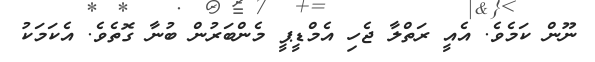
ނޫން ކަމެވެ. އެއީ ރަތްލާ ޖެހި އެމްޑީޕީ މެންބަރުން ބުނާ ގޮތެވެ. އެކަމަކު